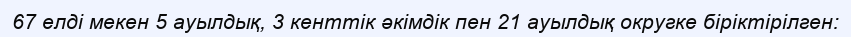
67 елді мекен 5 ауылдық, 3 кенттік әкімдік пен 21 ауылдық округке біріктірілген: